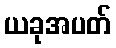
ယခုအပတ်